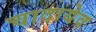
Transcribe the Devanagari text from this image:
चादायेव